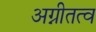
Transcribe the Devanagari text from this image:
अग्नीतत्व